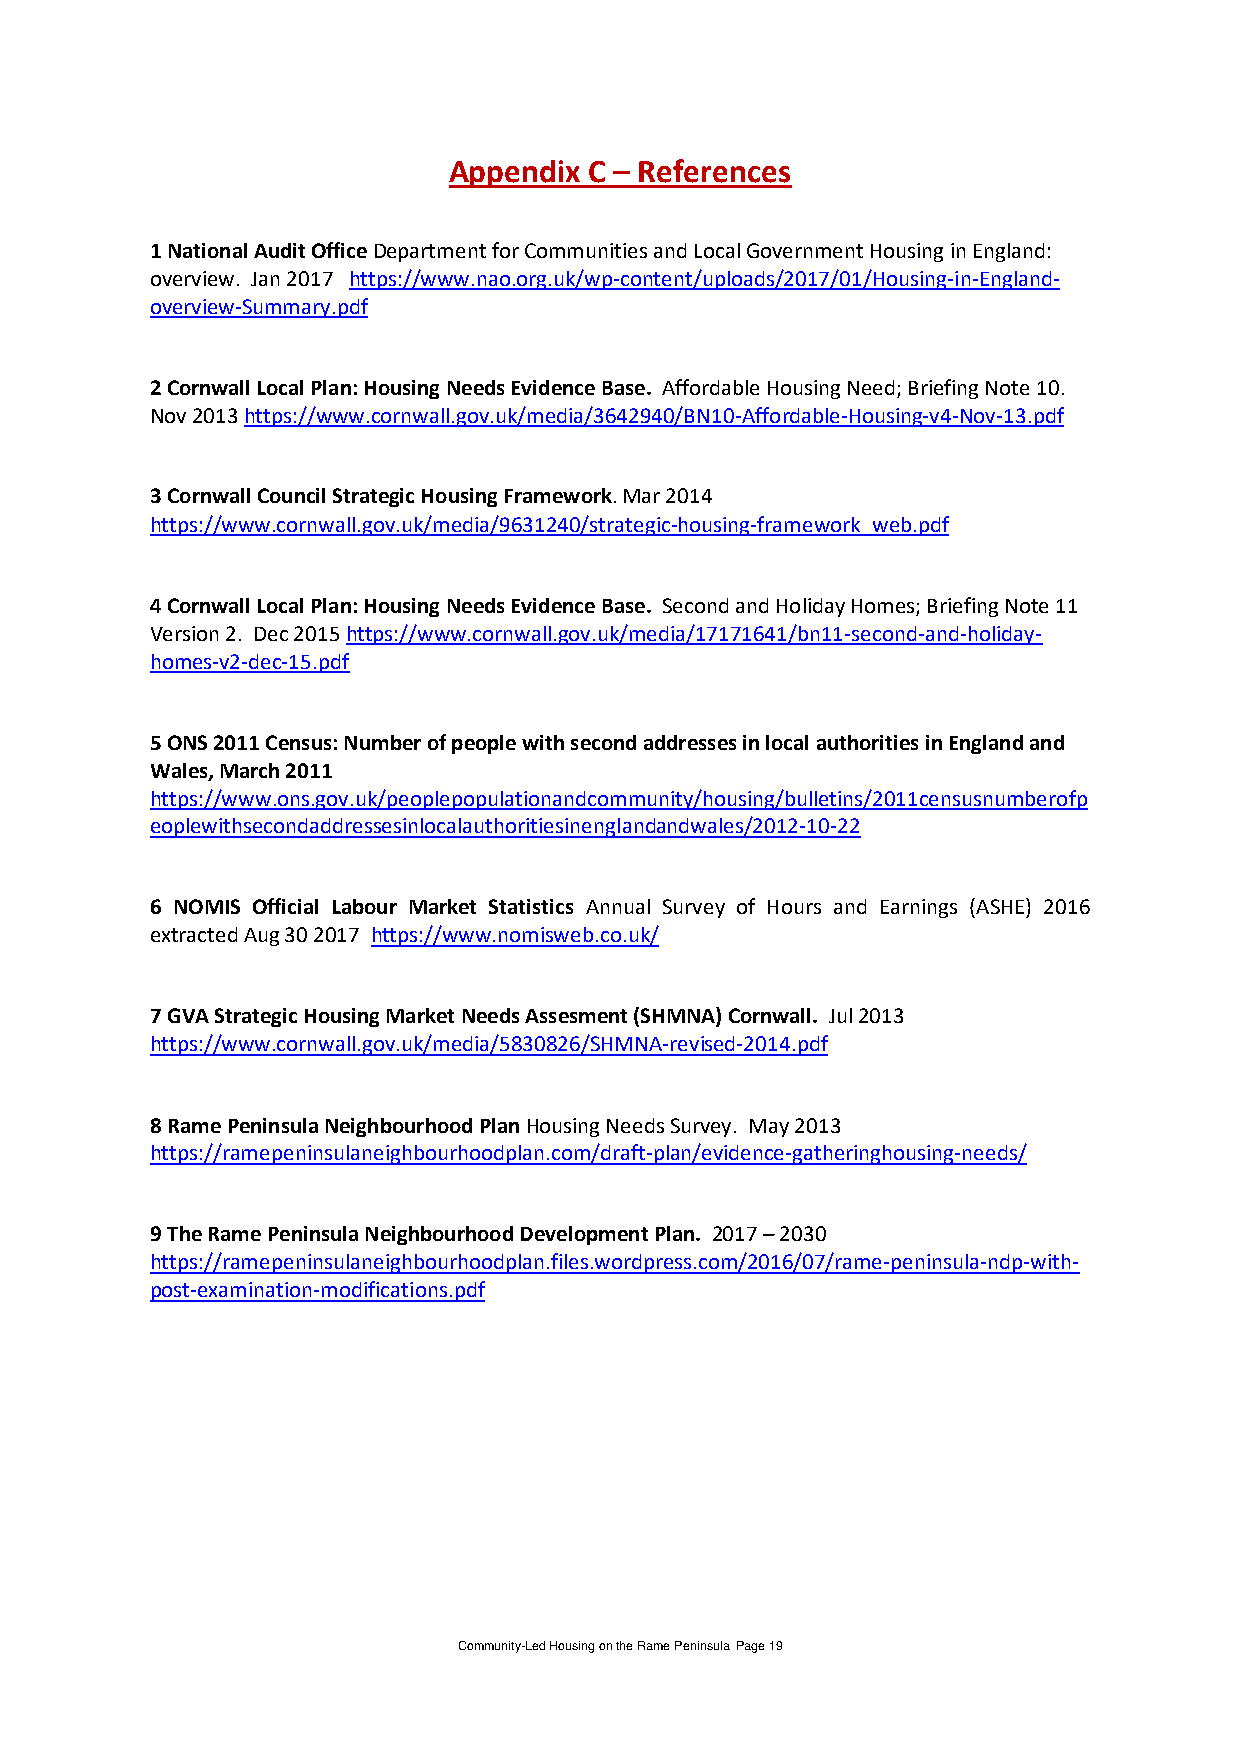
Appendix C – References
 1 National Audit Office Department for Communities and Local Government Housing in England:
 overview. Jan 2017 https://www.nao.org.uk/wp-content/uploads/2017/01/Housing-in-England-
 overview-Summary.pdf
 2 Cornwall Local Plan: Housing Needs Evidence Base. Affordable Housing Need; Briefing Note 10.
 Nov 2013 https://www.cornwall.gov.uk/media/3642940/BN10-Affordable-Housing-v4-Nov-13.pdf
 3 Cornwall Council Strategic Housing Framework. Mar 2014
 https://www.cornwall.gov.uk/media/9631240/strategic-housing-framework_web.pdf
 4 Cornwall Local Plan: Housing Needs Evidence Base. Second and Holiday Homes; Briefing Note 11
 Version 2. Dec 2015 https://www.cornwall.gov.uk/media/17171641/bn11-second-and-holiday-
 homes-v2-dec-15.pdf
 5 ONS 2011 Census: Number of people with second addresses in local authorities in England and
 Wales, March 2011
 https://www.ons.gov.uk/peoplepopulationandcommunity/housing/bulletins/2011censusnumberofp
 eoplewithsecondaddressesinlocalauthoritiesinenglandandwales/2012-10-22
 6 NOMIS Official Labour Market Statistics Annual Survey of Hours and Earnings (ASHE) 2016
 extracted Aug 30 2017 https://www.nomisweb.co.uk/
 7 GVA Strategic Housing Market Needs Assesment (SHMNA) Cornwall. Jul 2013
 https://www.cornwall.gov.uk/media/5830826/SHMNA-revised-2014.pdf
 8 Rame Peninsula Neighbourhood Plan Housing Needs Survey. May 2013
 https://ramepeninsulaneighbourhoodplan.com/draft-plan/evidence-gatheringhousing-needs/
 9 The Rame Peninsula Neighbourhood Development Plan. 2017 – 2030
 https://ramepeninsulaneighbourhoodplan.files.wordpress.com/2016/07/rame-peninsula-ndp-with-
 post-examination-modifications.pdf
 Community-Led Housing on the Rame Peninsula Page 19